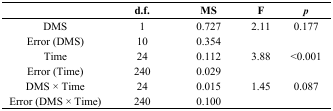
<table><thead><tr><td></td><td><b>d.f.</b></td><td><b>MS</b></td><td><b>F</b></td><td><b><i>p</i></b></td></tr></thead><tbody><tr><td>DMS</td><td>1</td><td>0.727</td><td>2.11</td><td>0.177</td></tr><tr><td>Error (DMS)</td><td>10</td><td>0.354</td><td></td><td></td></tr><tr><td>Time</td><td>24</td><td>0.112</td><td>3.88</td><td>&lt;0.001</td></tr><tr><td>Error (Time)</td><td>240</td><td>0.029</td><td></td><td></td></tr><tr><td>DMS × Time</td><td>24</td><td>0.015</td><td>1.45</td><td>0.087</td></tr><tr><td>Error (DMS × Time)</td><td>240</td><td>0.100</td><td></td><td></td></tr></tbody></table>